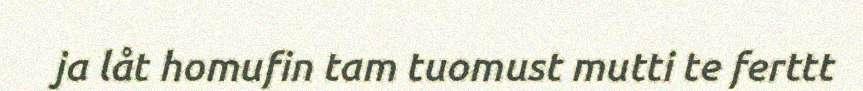
ja låt homufin tam tuomust mutti te ferttt